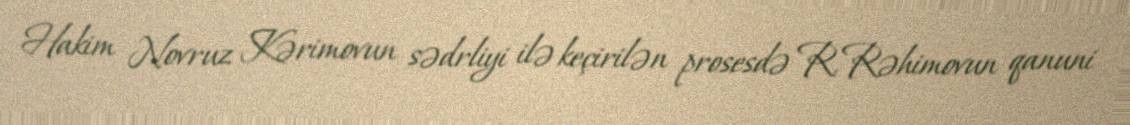
Hakim Novruz Kərimovun sədrliyi ilə keçirilən prosesdə R.Rəhimovun qanuni